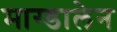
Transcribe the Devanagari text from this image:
माग्डालेन